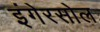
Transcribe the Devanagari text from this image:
इंगेरसोल